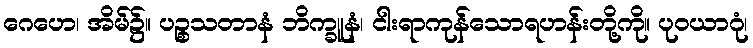
ဂေဟေ၊ အိမ်၌။ ပဉ္စသတာနံ ဘိက္ခူနံ၊ ငါးရာကုန်သောရဟန်းတို့ကို။ ပုဝယာဂုံ၊